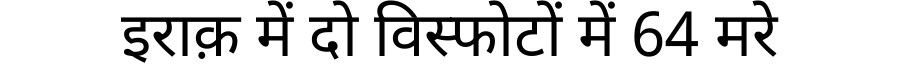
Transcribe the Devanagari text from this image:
इराक़ में दो विस्फोटों में 64 मरे